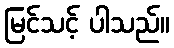
မြင်သင့် ပါသည်။